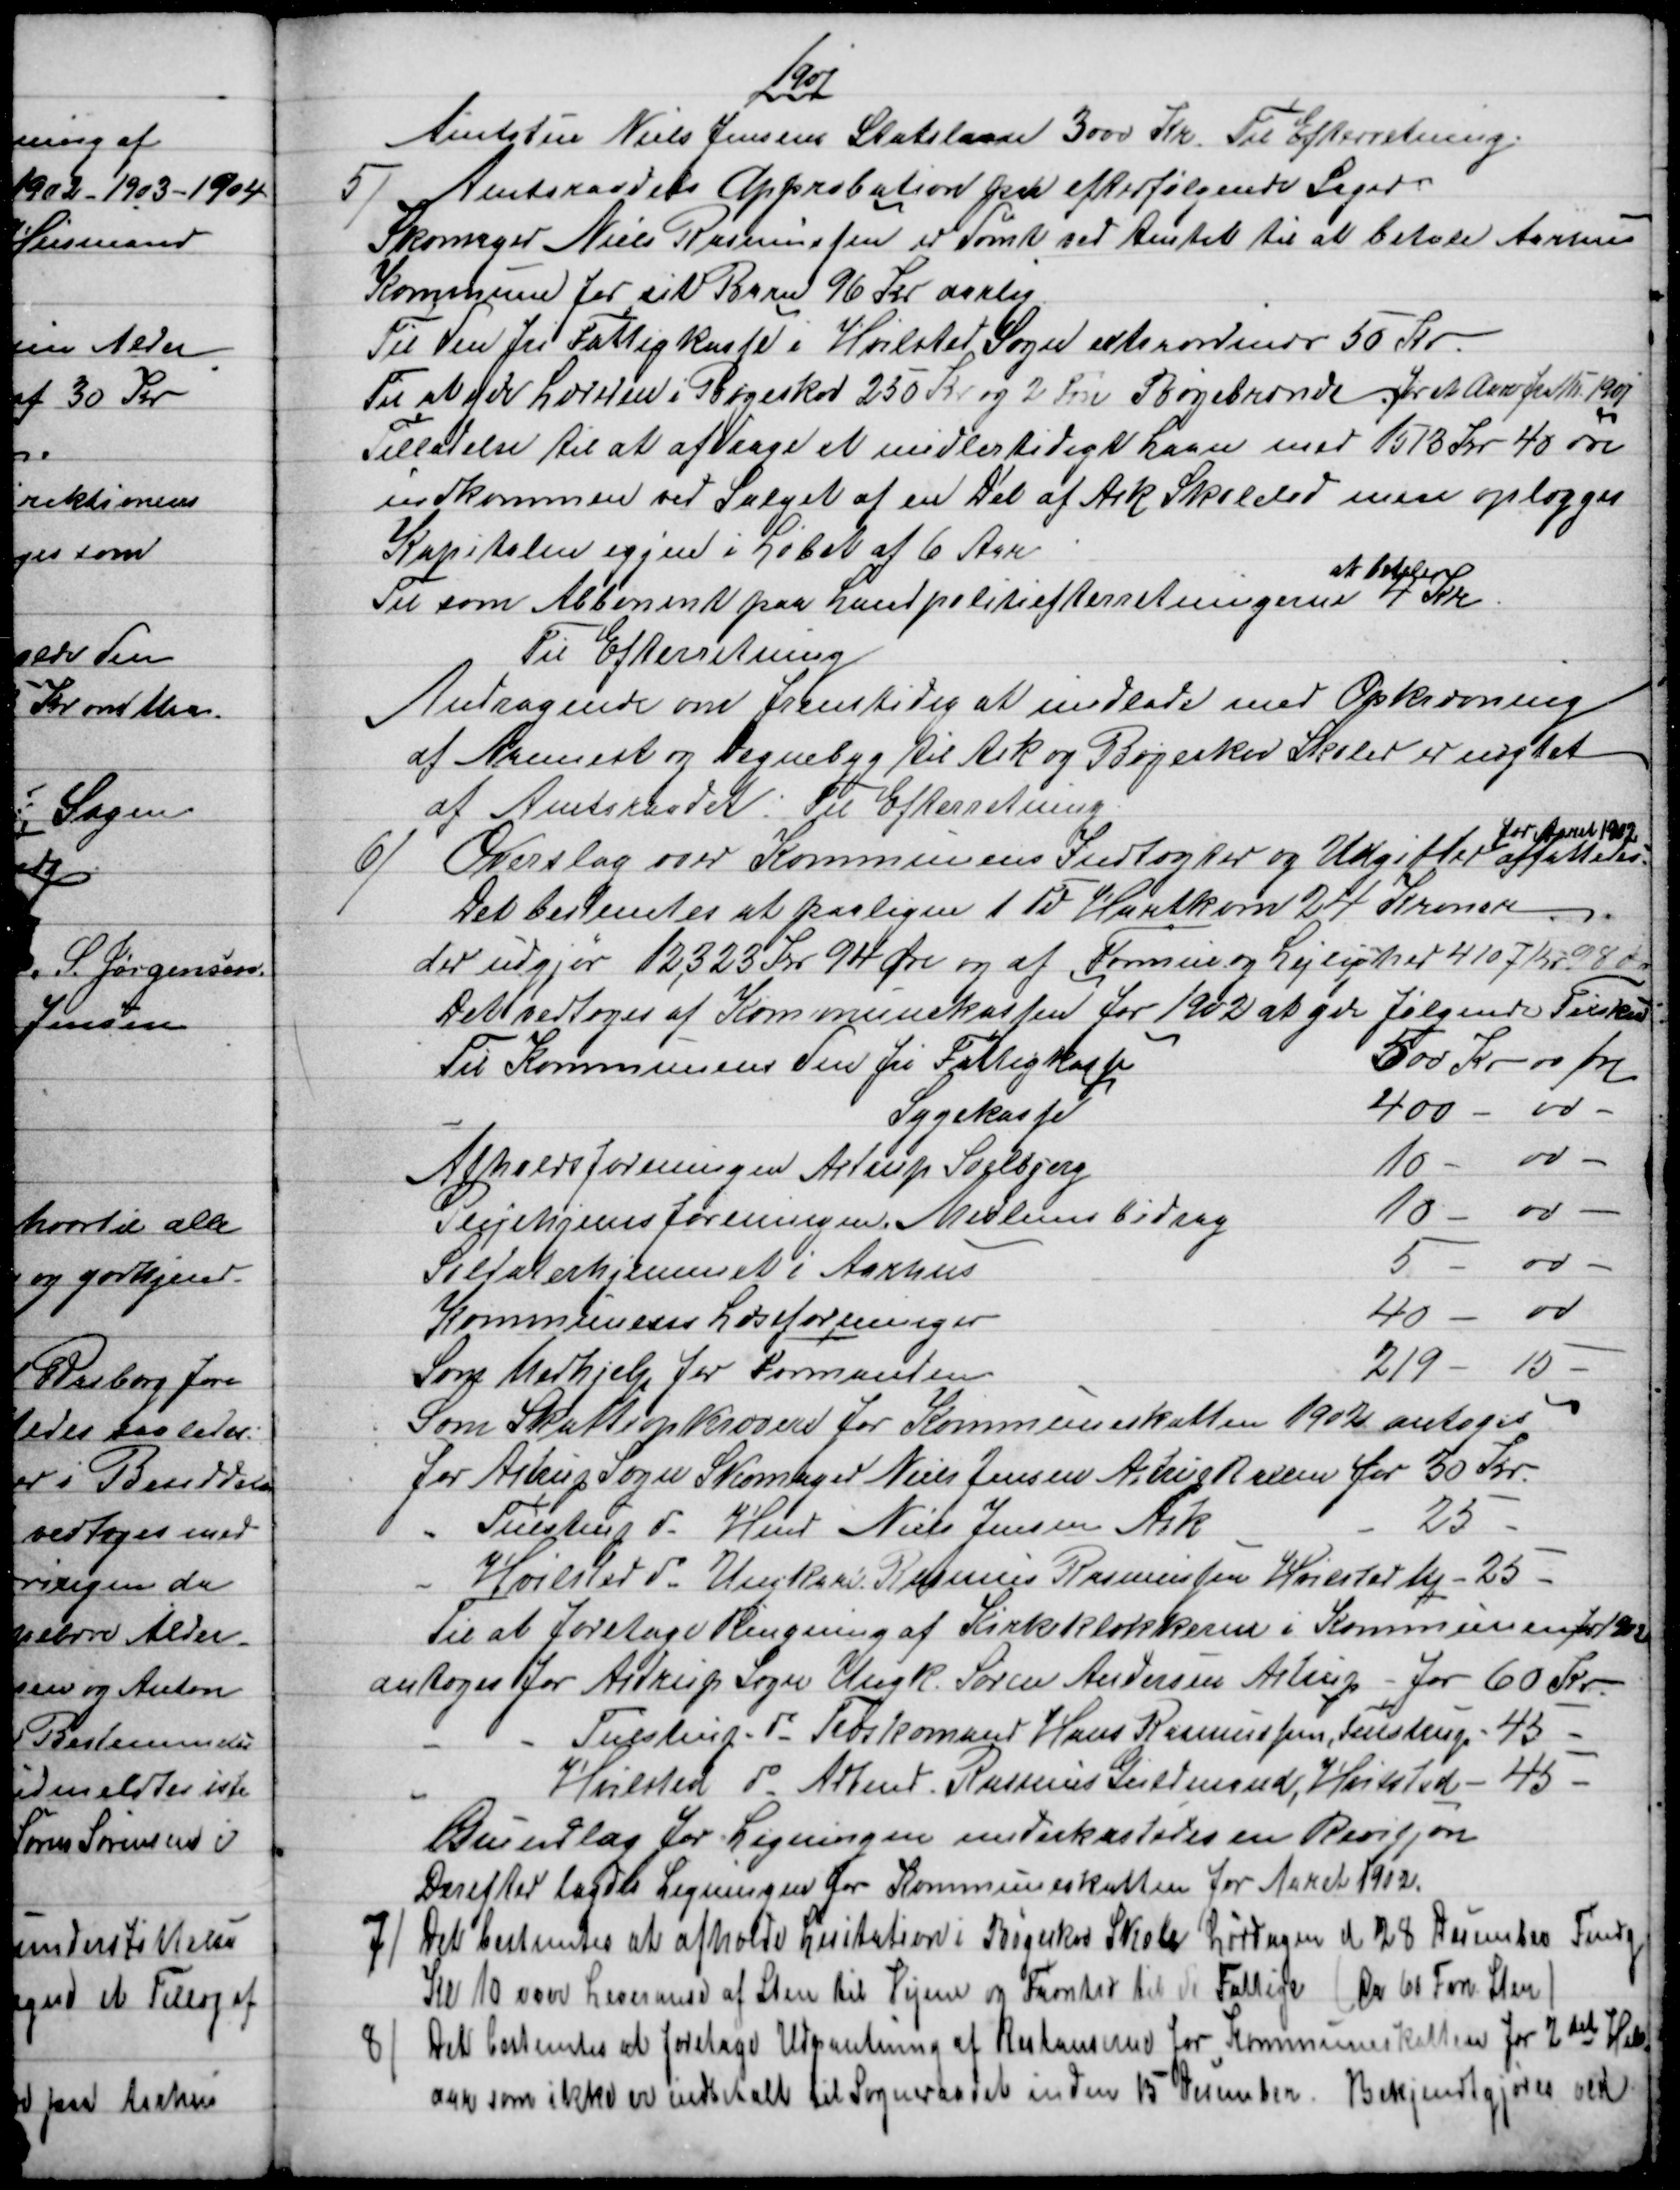
Transskription:
1901
Amtstue Niels Jensens Statslaan 3000 Kr. Til Efterretning.
5) 
Amtsraadets Approbation paa efterfølgende Sager.
Skomager Niels Rasmussen er dømt ved Amtet til at betale Aarhus
Kommune for sit Barn 96 Kr aarlig
Til den fri Fattigkasse i Hvilsted Sogn extraordinær 50 Kr.
Til at yde Læreren i Bøgeskov 250 Kr og 2 Fvn Bøgebrænde for et Aar fra 1/11 1901
Tilladelse til at afdrage et midlertidigt Laan med 1513 kr 40 øre
indkommen ved Salget af en Dél af Ask Skolelod men oplægges
Kapitalen igjen i Løbet af 6 Aar
Til som Abbonent paa Landpolitiefterretningerne 
at betale
4 Kr
Til Efterretning
Andragende om fremtidig at undlade med Opkrævning
af Aannert og Degnebyg til Ask og Bøgeskov Skoler er nægtet
af Amtsraadet. Til Efterretning
6) 
Overslag over Kommunens Indtægter og Udgifter 
for Aaret 1902
affattedes.
Det bestemtes at paaligne 1 Td Hartkorn 24 Kroner
der udgjør 12,323 Kr 94 Øre og af Formue og Lejlighed 4107 Kr 98 Øre
Det vedtoges af Kommunekassen for 1902 at give følgende Tilskud
Til Kommunens den fri Fattigkasse
500 Kr. 00 øre
Sygekasse
400 - 00 
Afholdsforeningen Astrup Soelbjerg
10
00 
Plejehjemsforeningen Medlemsbidrag
10
00 
Soldaterhjemmet i Aarhus
5
00 
Kommunens Læseforeninger
40 
00
Som Medhjelp for Formanden
219 
15 
Som Skatteopkrævere for Kommuneskatten 1902 antoges
for Astrup Sogn Skomager Niels Jensen Astrup Ballen for 30 Kr.
Tuestrup do Hmd Niels Jensen Ask
25
Hvilsted do Ungkarl Rasmus Rasmussen Hvilsted Mq - 25 
Til at foretage Ringning af Kirkeklokkerne i Kommunen for 1902
antoges for Astrup Sogn Ungk. Søren Andersen Astrup - for 60 Kr.
Tulstrup do Træskomand Hans Rasmussen, Tulstrup - 45 
Hvilsted do Arbmd. Rasmus Guldmand, Hvilsted - 45 
Grundlag for Ligningen underkastedes en Revisjon
Derefter lagdes Ligningen for Kommuneskatten for Aaret 1902.
7) 
Det bestemtes at afholde Lisitation i Bøgeskov Skole Lørdagen d 28 December Fmdg.
Kl 10 over Leveranse af Sten til Vejene og Favntræ til de Fattige (Ca. 61 Fvn Sten)
8)
Det bestemtes at foretage Udpantning af Restanserne for Kommuneskatten for 2det Halv
=
aar som ikke er indbetalt til Sogneraadet inden 15 December. Bekjendtgjøres ved